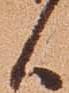
候